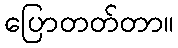
ပြောတတ်တာ။